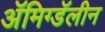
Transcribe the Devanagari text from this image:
ॲमिग्डॅलीन